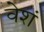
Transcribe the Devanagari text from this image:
वेशं